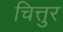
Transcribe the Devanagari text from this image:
चित्तुर